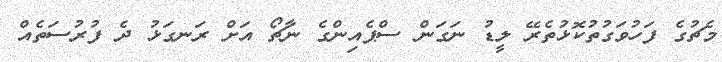
މެޗުގެ ފަހުވަގުތުކޮޅުތެރޭ ލީޑު ނަގަން ސްޕެއިންގެ ނާޗޯ އަށް ރަނގަޅު ދެ ފުރުސަތެއް